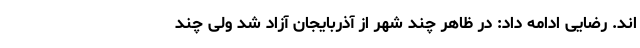
اند. رضایی ادامه داد: در ظاهر چند شهر از آذربایجان آزاد شد ولی چند